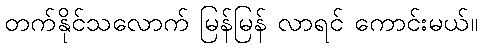
တက်နိုင်သလောက် မြန်မြန် လာရင် ကောင်းမယ်။